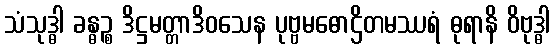
သံသုဒ္ဓါ ခန္ဓဉ္စ ဒိဋ္ဌမတ္တာဒိဝသေန ပုဗ္ဗမဓောဌိတမဿရံ ဓုရာနိ ဝိဗုဒ္ဓါ